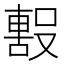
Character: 𭮼